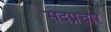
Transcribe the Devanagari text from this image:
सदप्रचार